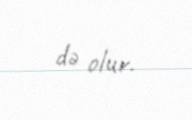
də olur.